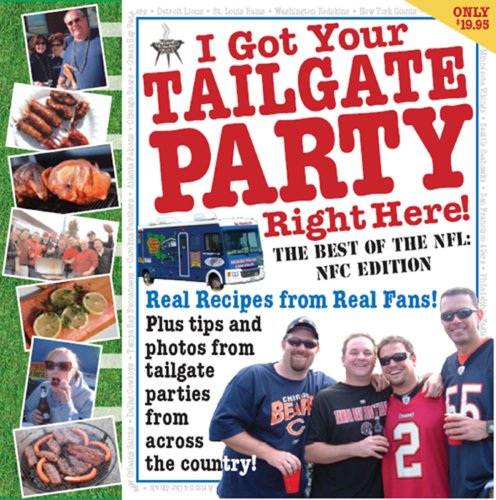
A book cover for I Got Your Tailgate Party Right Here!; Karen DiEugenio; Cookbooks, Food & Wine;